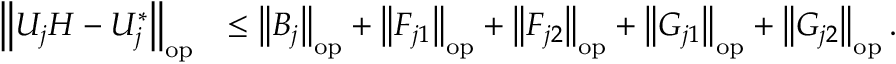
\begin{array} { r l } { \left\| { U _ { j } H - U _ { j } ^ { * } } \right\| _ { \mathrm { o p } } } & { \leq \left\| { B _ { j } } \right\| _ { \mathrm { o p } } + \left\| { F _ { j 1 } } \right\| _ { \mathrm { o p } } + \left\| { F _ { j 2 } } \right\| _ { \mathrm { o p } } + \left\| { G _ { j 1 } } \right\| _ { \mathrm { o p } } + \left\| { G _ { j 2 } } \right\| _ { \mathrm { o p } } . } \end{array}